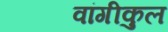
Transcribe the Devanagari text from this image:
वांगीकुल